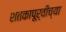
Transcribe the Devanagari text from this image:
शतकापूर्वीच्या